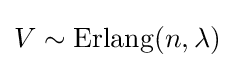
V\sim \operatorname {Erlang} (n,\lambda )